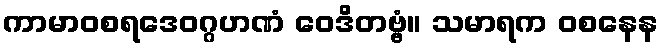
ကာမာဝစရဒေဝဂ္ဂဟဏံ ဝေဒိတဗ္ဗံ။ သမာရက ဝစနေန